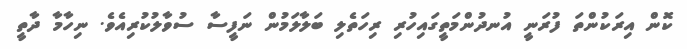
ކޮން އިރަކުންތަ ފުރަނީ އުނދުންމަތީގައިހުރި ރިހަތެލި ބަލާލަމުން ނަފީސާ ސުވާލުކުރިއެވެ. ނިހާމާ ދާތީ